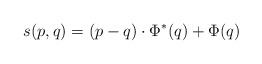
\begin{align*} s(p,q) = (p-q)\cdot\Phi^*(q) + \Phi(q)\end{align*}